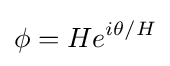
\phi =He^{i\theta /H}